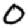
Digit: 0